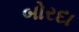
બોરદા